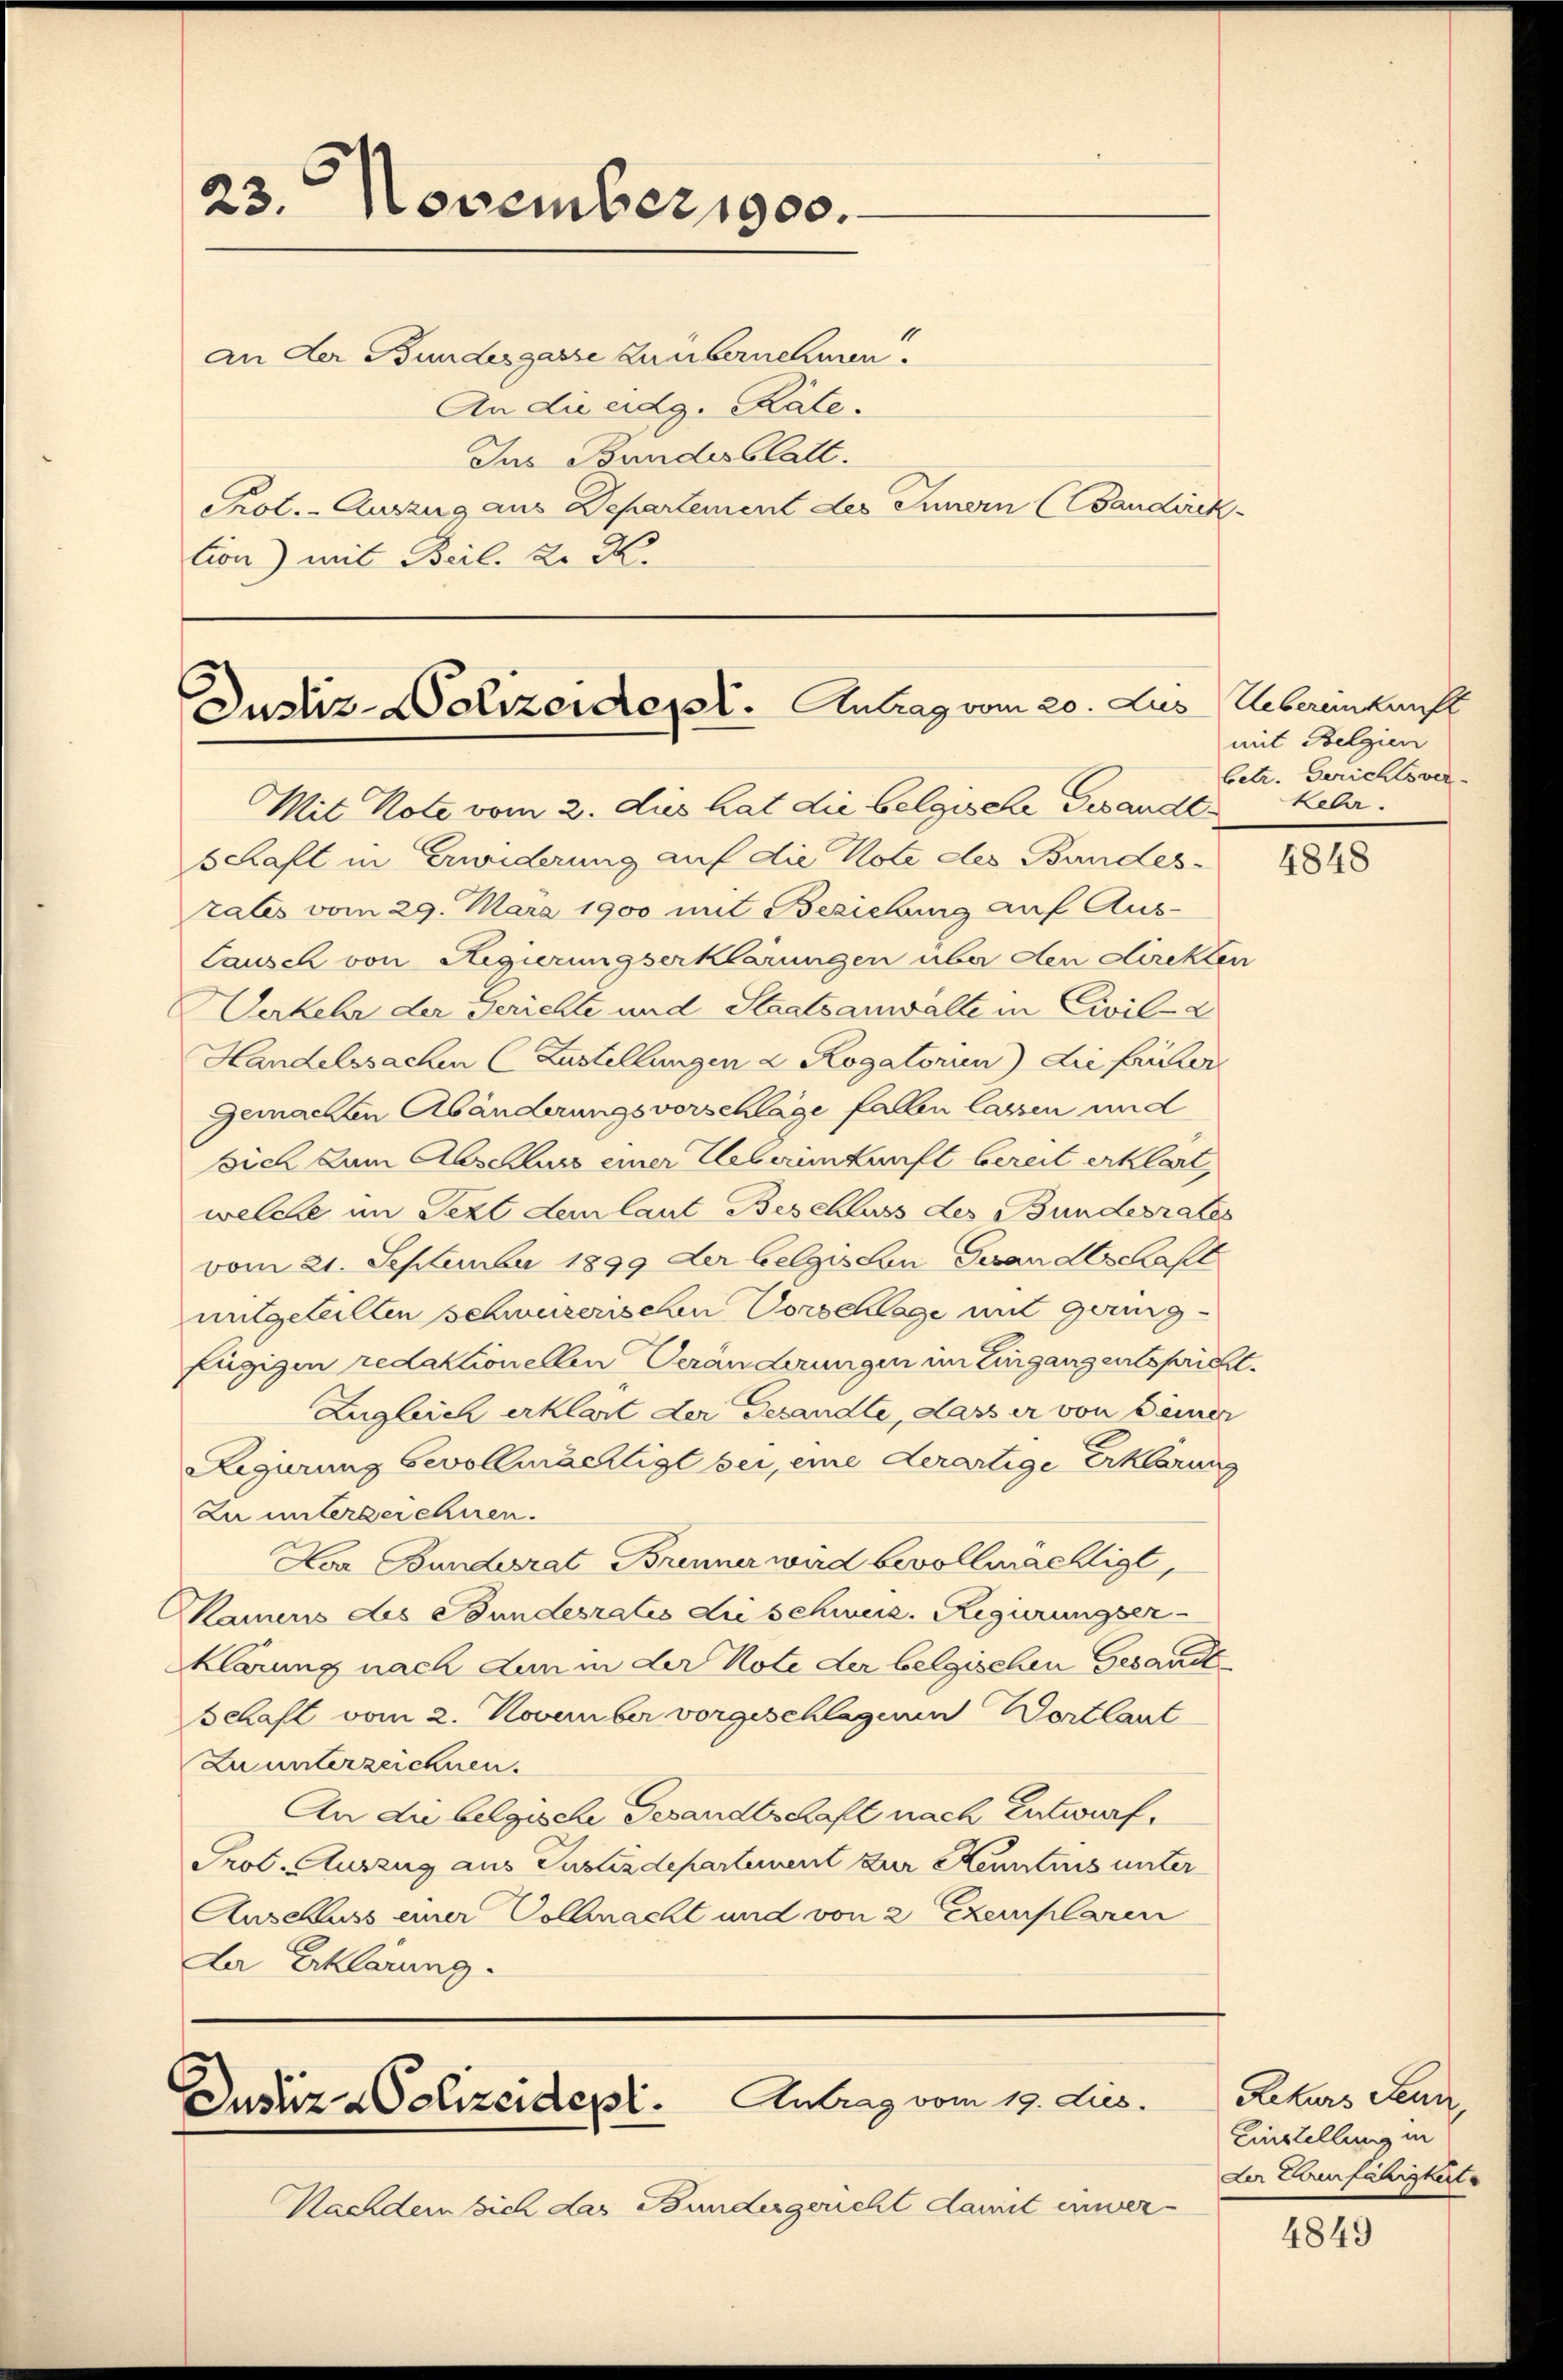
23. November 1900.
an der Bundesgasse zum bernehmen.
An die eidg. Räte.
Ins Bundesblatt.
Prol. - Auszug aus Departement des Innern (Bandirek¬

tion) mit Beil. K. K.

Nachdem sich das Bundergericht damit inner-

Dustiz-Polizeidepl. Antrag vom 20. Jus
Mit Note vom 2. dies hat die belgische Gesandt. Keler.

Antrag vom 19. dies.
Justiz-Polizeidept.

schaft in Erwiderung auf die Note des Bundes-
rates vom 29. März 1900 mit Beziehung auf Aus-
Causch von Regierungserklärungen über den Direkten
Verkehr der Gerichte und Staatsanwalte in Civil-2
Handelssachen (Lustellungen d Rogatorin) die früher
gemachten Abänderungsvorschläge fallen lassen und
ssich zum Abschluss einer Ueberinkunft bereit erklärt,
welche im Sezt dem laut Beschluss des Bundesrates
vom 21. September 1899 der belgischen Gesan Abschaft
mitgeteilten schweizerischen Vorschlage mit gering-
fügigen redaktionellen Veränderungen im Eingang entspricht.
Zugleich erklärt der Gesandte, dass er von Seiner
Regierung bevollmächtigt bei, eine derartige Erklärung
Zu unterzeichnen.
Loa Banderat Brenner wird bevollmächtigt,
kamens des Bundesratis die schweiz. Regierungser
klärung nach den in der Note der belgischen Gesandt
Schaft vom 2. November vorgeschlagenen Dortlaut
Zu unterzeichnen.
An die belgische Gesandtschaft nach Entwurf,
Prof. Auszug aus Justizdepartement zur Kenntnis unter
Auschuss einer Vollmacht und von 2 Exemplaren
Ler Erklärung.

Uebereinkunft
mit Belgien
betr. Gerichtsver

1848

Rekurs Feuer,
Einstellung in
der Laurfähigkeite

4849